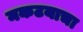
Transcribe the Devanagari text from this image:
नकटयाचा